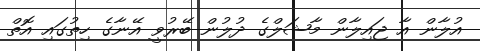
އުލާން އާ ޖައިލާން މާޝަލްގެ ދުލުން ބޭރުވީ އޭނާގެ ހިތުގައި އޮތް